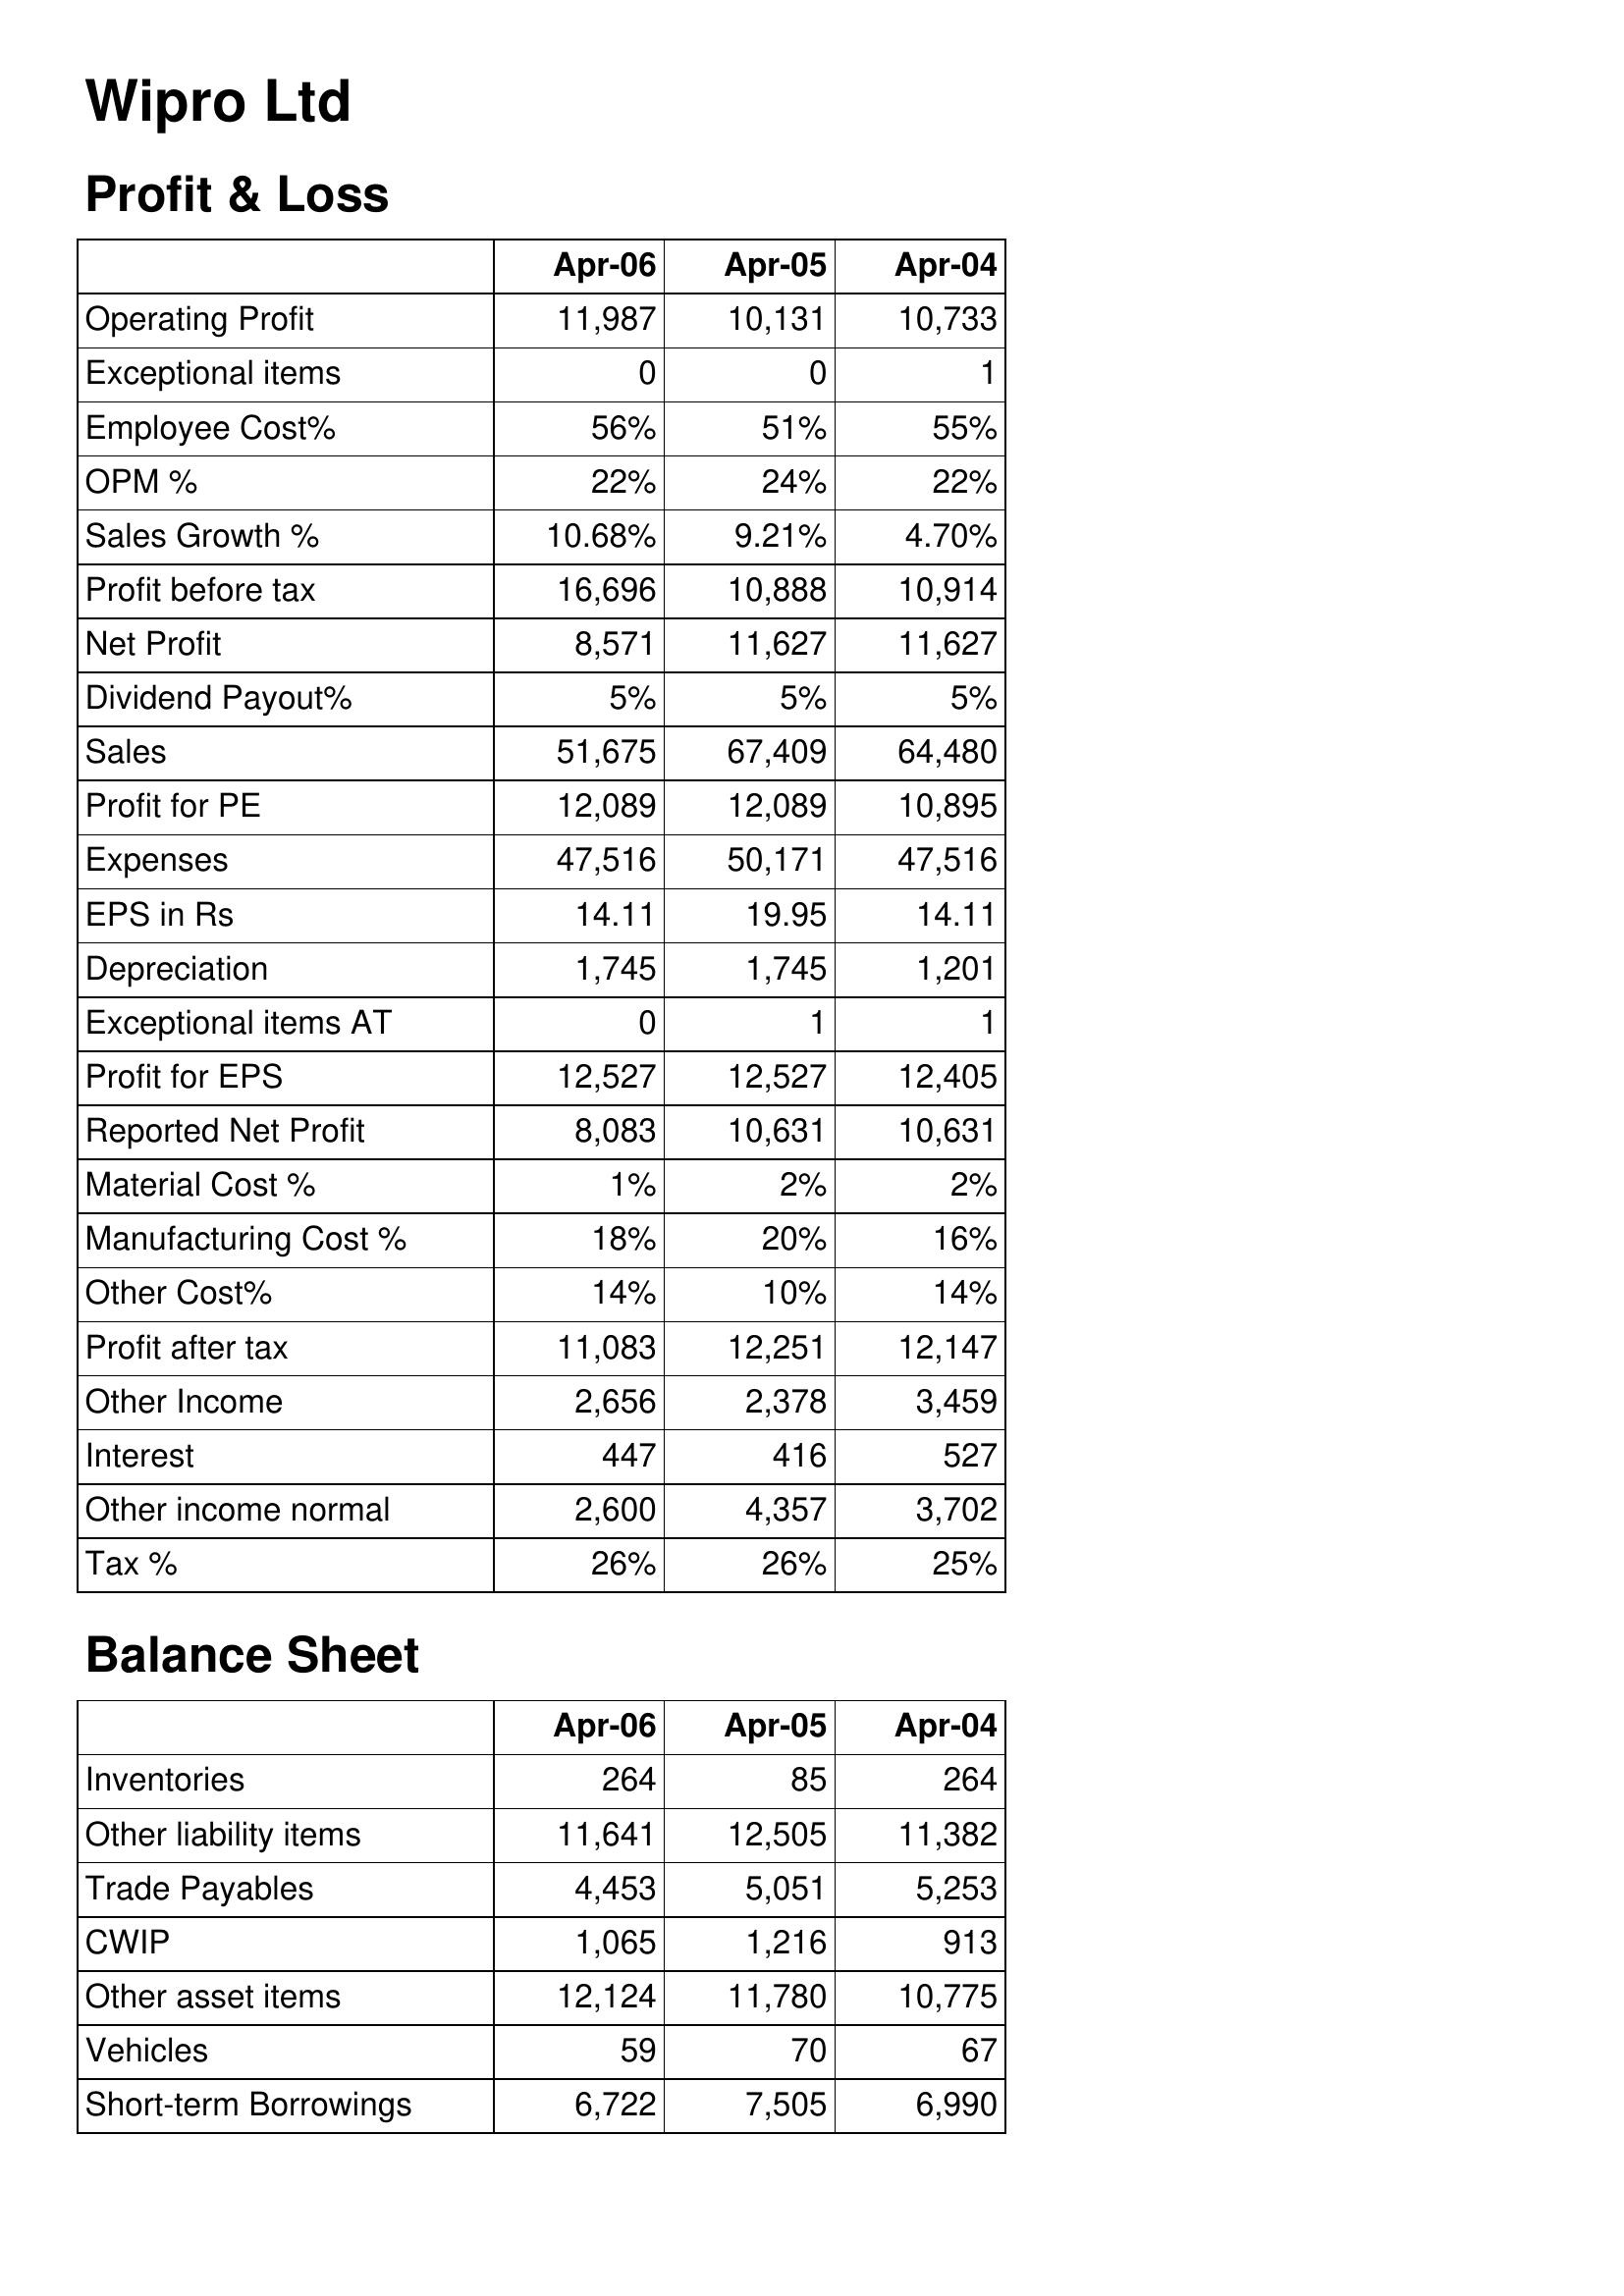
Apr-06: Profit & Loss: Operating Profit: 11,987
Exceptional items: 0
Employee Cost%: 56%
OPM %: 22%
Sales Growth %: 10.68%
Profit before tax: 16,696
Net Profit: 8,571
Dividend Payout%: 5%
Sales: 51,675
Profit for PE: 12,089
Expenses: 47,516
EPS in Rs: 14.11
Depreciation: 1,745
Exceptional items AT: 0
Profit for EPS: 12,527
Reported Net Profit: 8,083
Material Cost %: 1%
Manufacturing Cost %: 18%
Other Cost%: 14%
Profit after tax: 11,083
Other Income: 2,656
Interest: 447
Other income normal: 2,600
Tax %: 26%
Balance Sheet: Inventories: 264
Other liability items: 11,641
Trade Payables: 4,453
CWIP: 1,065
Other asset items: 12,124
Vehicles: 59
Short-term Borrowings: 6,722
Apr-05: Profit & Loss: Operating Profit: 10,131
Exceptional items: 0
Employee Cost%: 51%
OPM %: 24%
Sales Growth %: 9.21%
Profit before tax: 10,888
Net Profit: 11,627
Dividend Payout%: 5%
Sales: 67,409
Profit for PE: 12,089
Expenses: 50,171
EPS in Rs: 19.95
Depreciation: 1,745
Exceptional items AT: 1
Profit for EPS: 12,527
Reported Net Profit: 10,631
Material Cost %: 2%
Manufacturing Cost %: 20%
Other Cost%: 10%
Profit after tax: 12,251
Other Income: 2,378
Interest: 416
Other income normal: 4,357
Tax %: 26%
Balance Sheet: Inventories: 85
Other liability items: 12,505
Trade Payables: 5,051
CWIP: 1,216
Other asset items: 11,780
Vehicles: 70
Short-term Borrowings: 7,505
Apr-04: Profit & Loss: Operating Profit: 10,733
Exceptional items: 1
Employee Cost%: 55%
OPM %: 22%
Sales Growth %: 4.70%
Profit before tax: 10,914
Net Profit: 11,627
Dividend Payout%: 5%
Sales: 64,480
Profit for PE: 10,895
Expenses: 47,516
EPS in Rs: 14.11
Depreciation: 1,201
Exceptional items AT: 1
Profit for EPS: 12,405
Reported Net Profit: 10,631
Material Cost %: 2%
Manufacturing Cost %: 16%
Other Cost%: 14%
Profit after tax: 12,147
Other Income: 3,459
Interest: 527
Other income normal: 3,702
Tax %: 25%
Balance Sheet: Inventories: 264
Other liability items: 11,382
Trade Payables: 5,253
CWIP: 913
Other asset items: 10,775
Vehicles: 67
Short-term Borrowings: 6,990